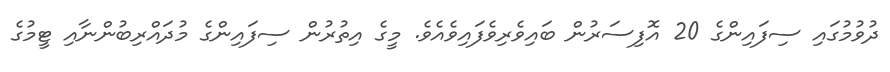
ދުވުމުގައި ސިފައިންގެ 20 އޮފިސަރުން ބައިވެރިވެފައިވެއެވެ. މީގެ އިތުރުން ސިފައިންގެ މުދައްރިބުންނާއި ޓީމުގެ